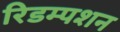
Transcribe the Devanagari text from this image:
रिडम्‍पशन